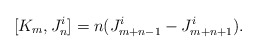
\begin{align*}[K_{m}, J^i_{n}] = n (J^i_{m + n-1} - J^i_{m +n + 1}).\end{align*}